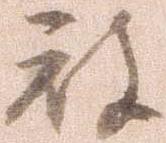
被